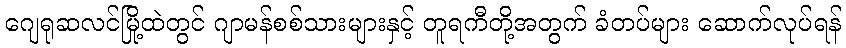
ဂျေရုဆလင်မြို့ထဲတွင် ဂျာမန်စစ်သားများနှင့် တူရကီတို့အတွက် ခံတပ်များ ဆောက်လုပ်ရန်